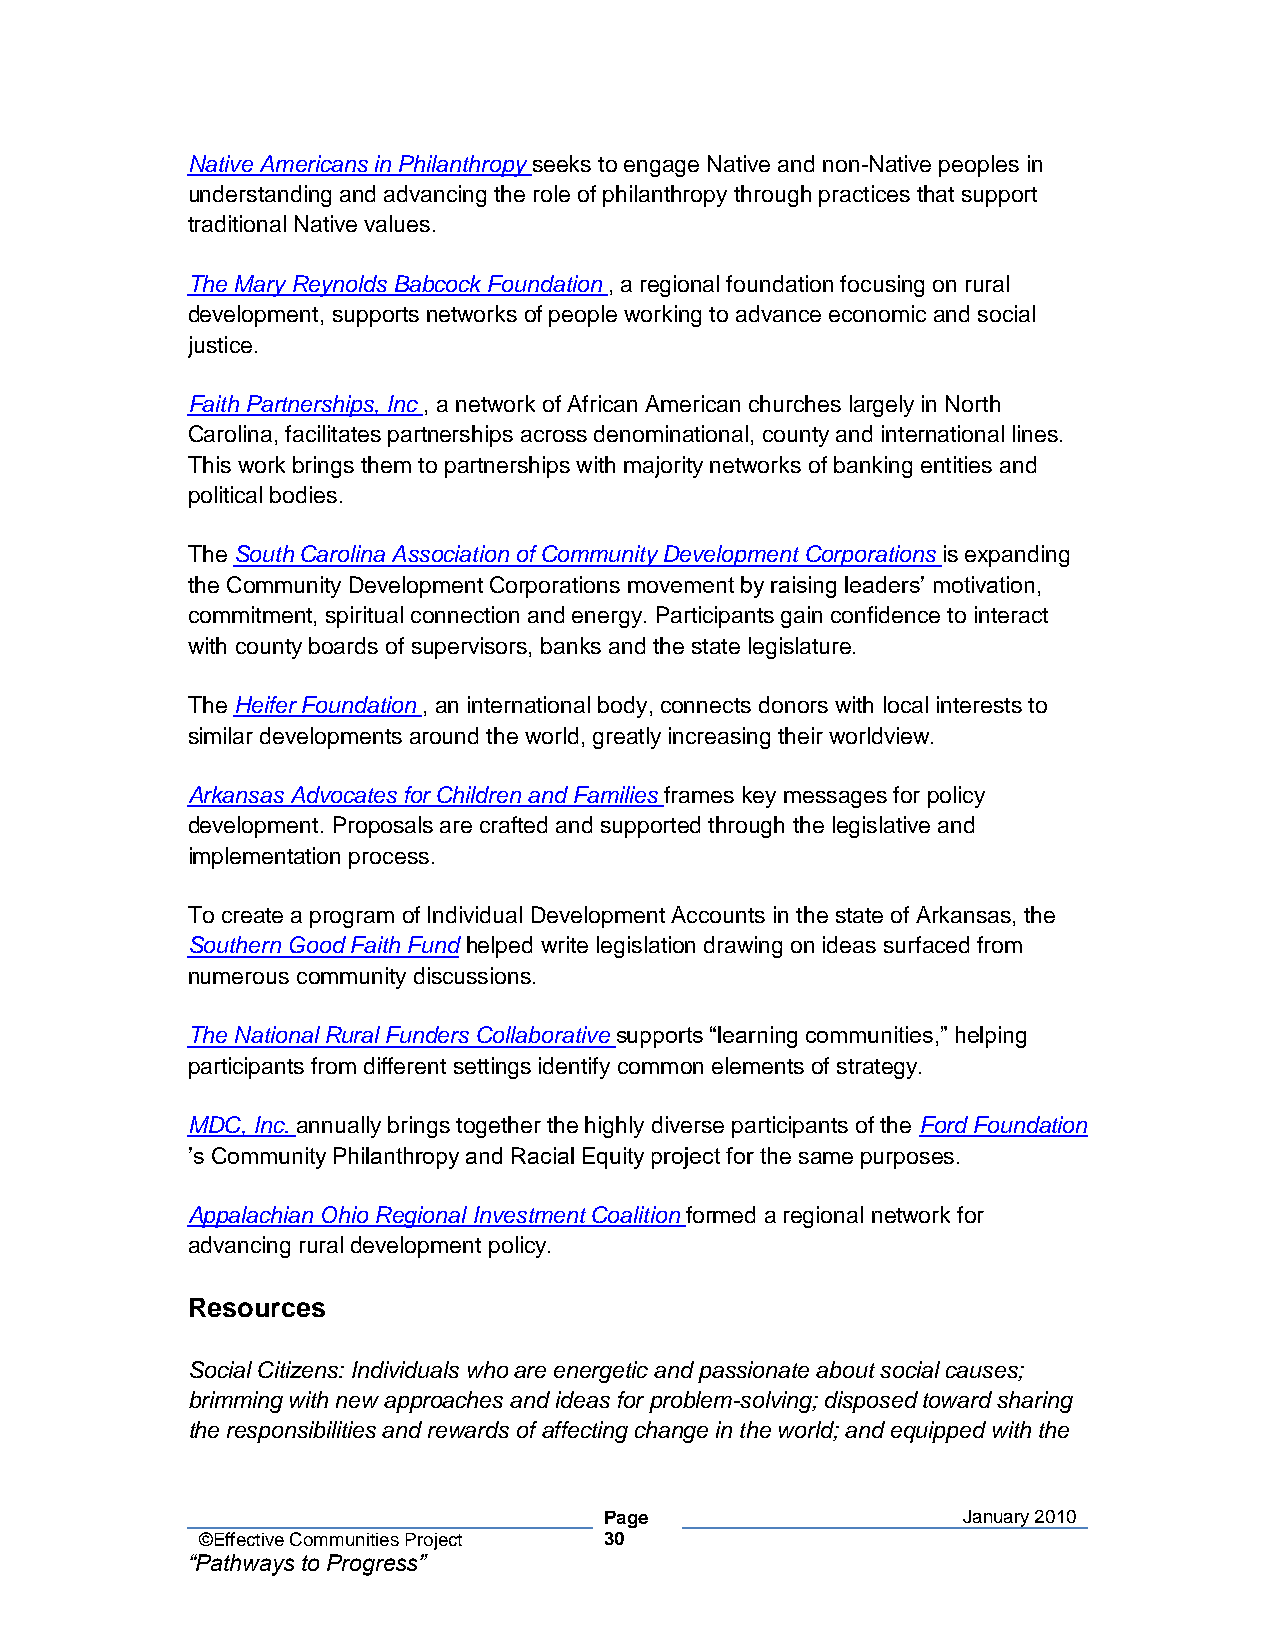
Native Americans in Philanthropy seeks to engage Native and non-Native peoples in
 understanding and advancing the role of philanthropy through practices that support
 traditional Native values.
 The Mary Reynolds Babcock Foundation , a regional foundation focusing on rural
 development, supports networks of people working to advance economic and social
 justice.
 Faith Partnerships, Inc , a network of African American churches largely in North
 Carolina, facilitates partnerships across denominational, county and international lines.
 This work brings them to partnerships with majority networks of banking entities and
 political bodies.
 The South Carolina Association of Community Development Corporations is expanding
 the Community Development Corporations movement by raising leaders’ motivation,
 commitment, spiritual connection and energy. Participants gain confidence to interact
 with county boards of supervisors, banks and the state legislature.
 The Heifer Foundation , an international body, connects donors with local interests to
 similar developments around the world, greatly increasing their worldview.
 Arkansas Advocates for Children and Families frames key messages for policy
 development. Proposals are crafted and supported through the legislative and
 implementation process.
 To create a program of Individual Development Accounts in the state of Arkansas, the
 Southern Good Faith Fund helped write legislation drawing on ideas surfaced from
 numerous community discussions.
 The National Rural Funders Collaborative supports “learning communities,” helping
 participants from different settings identify common elements of strategy.
 MDC, Inc. annually brings together the highly diverse participants of the Ford Foundation
 ’s Community Philanthropy and Racial Equity project for the same purposes.
 Appalachian Ohio Regional Investment Coalition formed a regional network for
 advancing rural development policy.
 Resources
 Social Citizens: Individuals who are energetic and passionate about social causes;
 brimming with new approaches and ideas for problem-solving; disposed toward sharing
 the responsibilities and rewards of affecting change in the world; and equipped with the
 Page                    January 2010
 ©Effective Communities Project 30
 “Pathways to Progress”